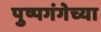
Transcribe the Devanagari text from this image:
पुष्पगंगेच्या